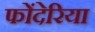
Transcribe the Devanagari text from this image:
फोंदेरिया